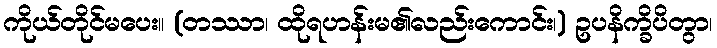
ကိုယ်တိုင်မပေး။ (တဿာ၊ ထိုရဟန်းမ၏လည်းကောင်း၊) ဥပနိက္ခိပိတွာ၊